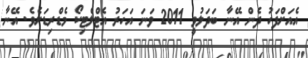
އެއަށްފަހު ދެން އޭނާ ބަދަލުވީ 2011 ވަނަ އަހަރު އެޓްލެޓިކޯ މެޑްރިޑަށެވެ. އޭނާ